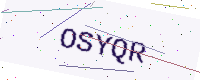
Text: OSYQR